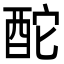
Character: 酡